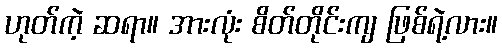
ဟုတ်ကဲ့ ဆရာ။ အားလုံး စိတ်တိုင်းကျ ဖြစ်ရဲ့လား။